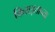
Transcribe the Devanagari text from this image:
किराइताच्या